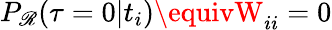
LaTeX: P_{\mathscr{R}}(\tau=0|t_{i})\equivW_{ii}=0